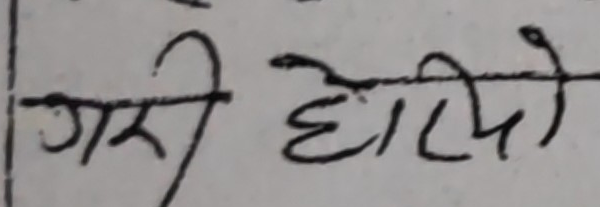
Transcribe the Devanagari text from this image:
गरी होतियो